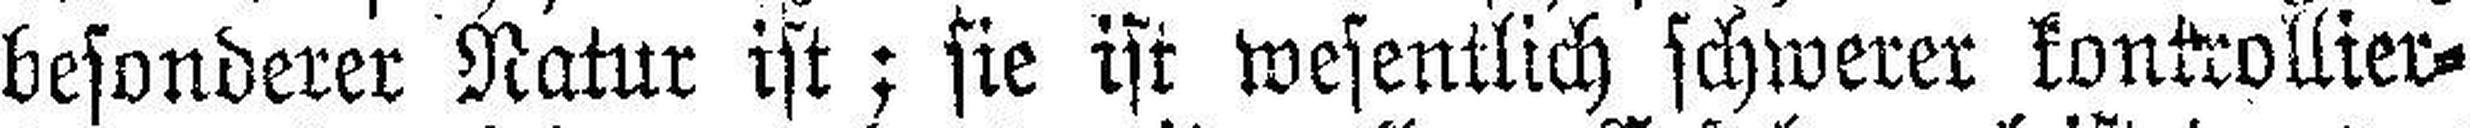
besonderer Natur ist; sie ist wesentlich schwerer kontrollier¬